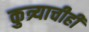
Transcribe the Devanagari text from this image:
कुत्र्याचीही